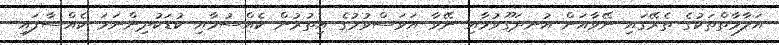
އަލާމާތްތަކުގެ ތެރޭގައި ނޭވާއަށް އުނދަގޫވުމާއި ނޭވާ އަވަސްވުމުގެ އިތުރުން ކެއްސުމާއި ކުޑަކުދިންނަމަ ކެއްސާފައި